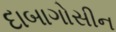
દાબાગોસીન